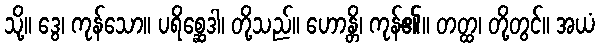
သို့။ ဒွေ၊ ကုန်သော။ ပရိစ္ဆေဒါ၊ တို့သည်။ ဟောန္တိ၊ ကုန်၏။ တတ္ထ၊ တို့တွင်။ အယံ